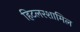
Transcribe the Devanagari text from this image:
हिटलरशामिल